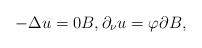
\begin{align*} -\Delta u = 0B, \partial_\nu u=\varphi\partial B,\end{align*}